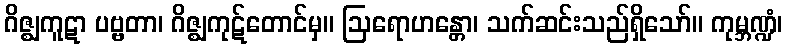
ဂိဇ္ဈကူဋာ ပဗ္ဗတာ၊ ဂိဇ္ဈကုဋ်တောင်မှ။ ဩရောဟန္တော၊ သက်ဆင်းသည်ရှိသော်။ ကုမ္ဘဏ္ဍံ၊